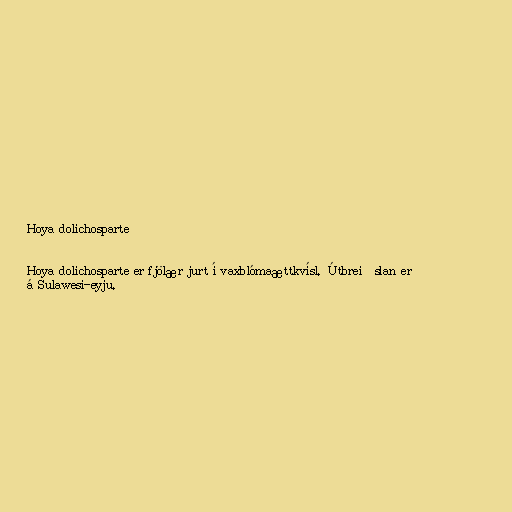
Hoya dolichosparte

Hoya dolichosparte er fjölær jurt í vaxblómaættkvísl. Útbreiðslan er
á Sulawesi-eyju.